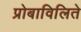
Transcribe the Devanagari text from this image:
प्रोबाविलिते